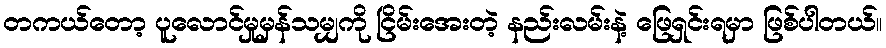
တကယ်တော့ ပူလောင်မှုမှန်သမျှကို ငြိမ်းအေးတဲ့ နည်းလမ်းနဲ့ ဖြေရှင်းရမှာ ဖြစ်ပါတယ်။